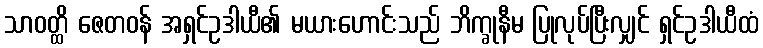
သာဝတ္ထိ ဇေတဝန် အရှင်ဥဒါယီ၏ မယားဟောင်းသည် ဘိက္ခုနီမ ပြုလုပ်ပြီးလျှင် ရှင်ဥဒါယီထံ